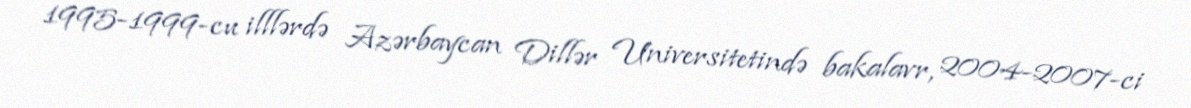
1995-1999-cu illlərdə Azərbaycan Dillər Universitetində bakalavr, 2004-2007-ci